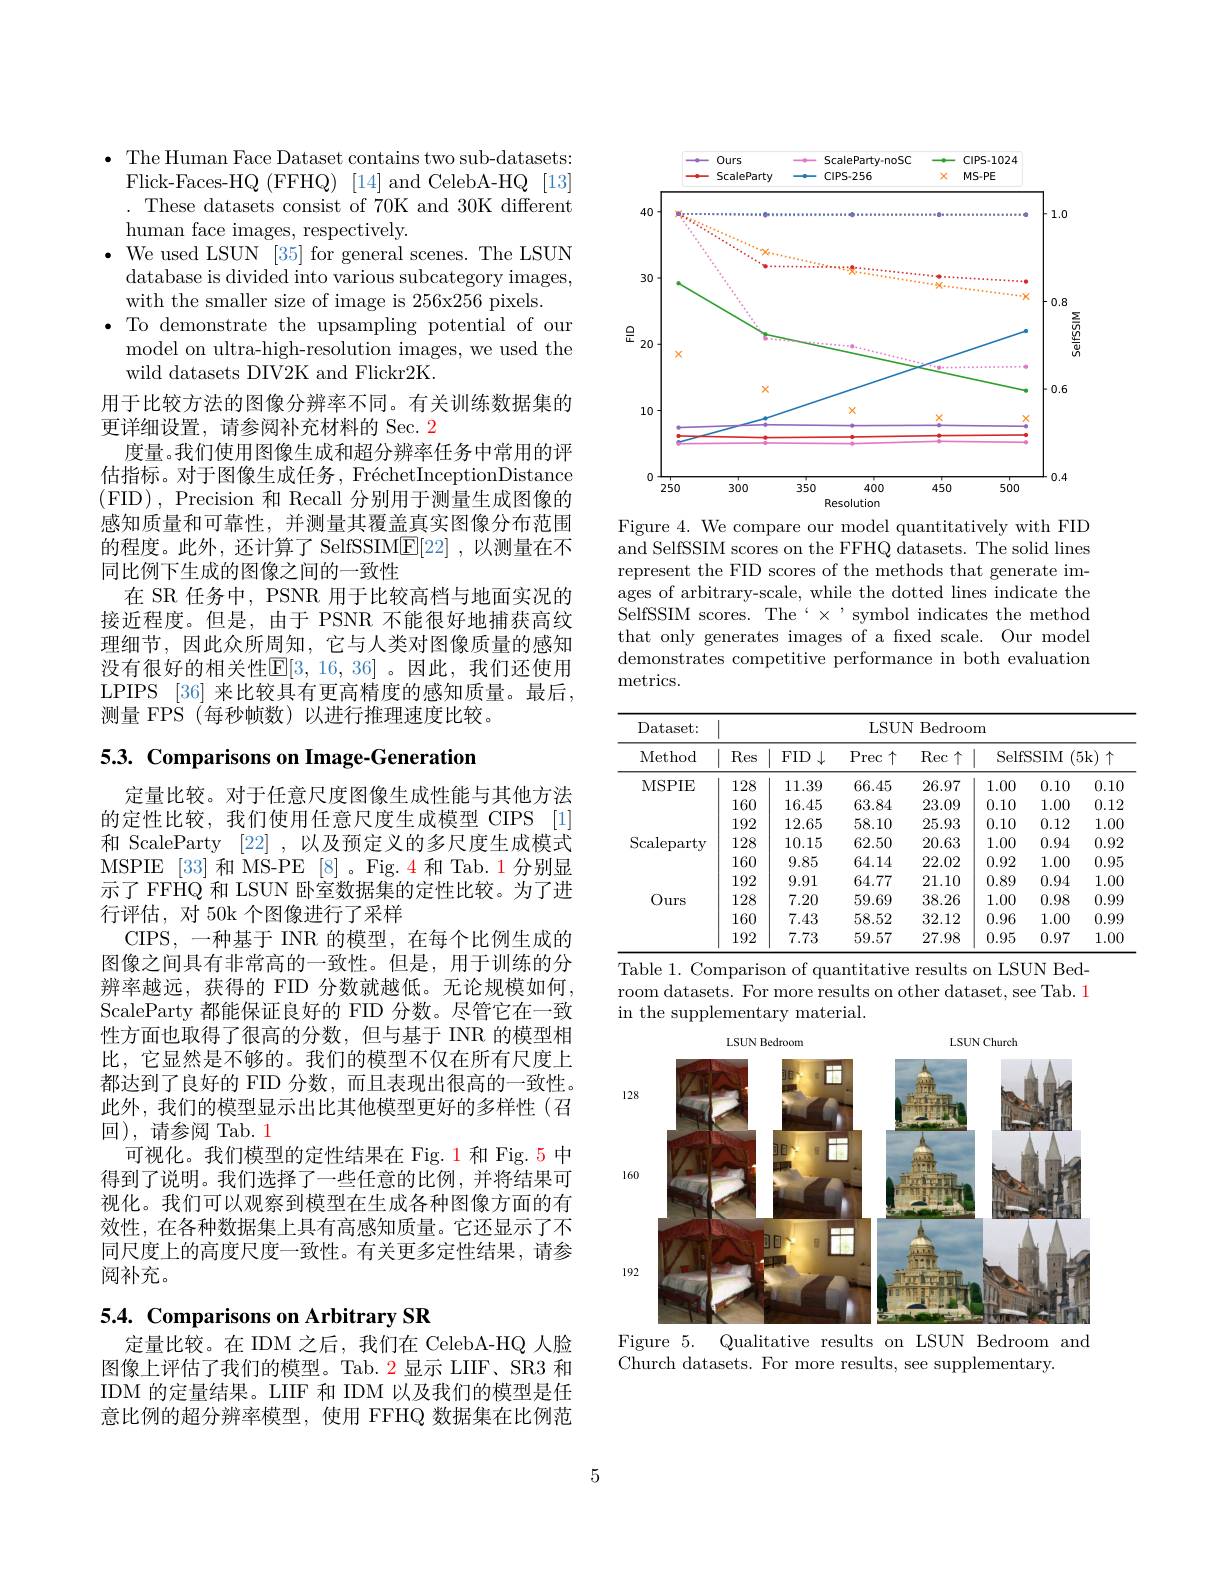
The Human Face Dataset contains two sub-datasets: Flick-Faces-HQ (FFHQ) [14] and CelebA-HQ [13]
These datasets consist of 70K and 30K different
human face images, respectively.
$\bullet$ We used LSUN [35] for general scenes. The LSUN database is divided into various subcategory images, with the smaller size of image is 256x256 pixels.
· To demonstrate the upsampling potential of our
model on ultra-high-resolution images, we used the
wild datasets DIV2K and Flickr2K.
用于比较方法的图像分辨率不同。有关训练数据集的
更详细设置，请参阅补充材料的 Sec. 2
度量。我们使用图像生成和超分辨率任务中常用的评估指标。对于图像生成任务，FréchetInceptionDistance (FID),Precision 和 Recall 分别用于测量生成图像的感知质量和可靠性，并测量其覆盖真实图像分布范围的程度。此外，还计算了 SelfSSIM$\underline{\mathrm{E}}[22]$ ,以测量在不同比例下生成的图像之间的一致性
在 SR 任务中，PSNR 用于比较高档与地面实况的接近程度。但是，由于 PSNR 不能很好地捕获高纹理细节，因此众所周知，它与人类对图像质量的感知没有很好的相关性$\mathbb{E}[3,16,36]$。因此，我们还使用LPIPS [36] 来比较具有更高精度的感知质量。最后， 测量 FPS (每秒帧数)以进行推理速度比较。

# 5.3. Comparisons on Image-Generation

定量比较。对于任意尺度图像生成性能与其他方法的定性比较，我们使用任意尺度生成模型 CIPS [1] 和 ScaleParty [22],以及预定义的多尺度生成模式MSPIE [33]和 MS-PE [8]。Fig.4 和 Tab.1 分别显示了 FFHQ 和 LSUN 卧室数据集的定性比较。为了进行评估，对 50k 个图像进行了采样
CIPS,一种基于 INR 的模型，在每个比例生成的图像之间具有非常高的一致性。但是，用于训练的分辨率越远，获得的 FID 分数就越低。无论规模如何， ScaleParty 都能保证良好的 FID 分数。尽管它在一致性方面也取得了很高的分数，但与基于 INR 的模型相比，它显然是不够的。我们的模型不仅在所有尺度上都达到了良好的 FID 分数，而且表现出很高的一致性。此外，我们的模型显示出比其他模型更好的多样性(召回),请参阅 Tab. 1
可视化。我们模型的定性结果在 Fig. 1 和 Fig. 5 中得到了说明。我们选择了一些任意的比例，并将结果可视化。我们可以观察到模型在生成各种图像方面的有效性，在各种数据集上具有高感知质量。它还显示了不同尺度上的高度尺度一致性。有关更多定性结果，请参阅补充。

# 5.4. Comparisons on Arbitrary SR

定量比较。在 IDM 之后，我们在 CelebA-HQ 人脸图像上评估了我们的模型。Tab. 2 显示 LIIF、SR3 和IDM 的定量结果。LIIF 和 IDM 以及我们的模型是任意比例的超分辨率模型，使用 FFHQ 数据集在比例范

<FigureHere>

Figure 4. We compare our model quantitatively with FID and SelfSSIM scores on the FFHQ datasets. The solid lines represent the FID scores of the methods that generate images of arbitrary-scale, while the dotted lines indicate the $\bar{\mathrm{SelfSSIM~scores.~The`\times~}}$symbol indicates the method that only generates images of a fxed scale. Our model demonstrates competitive performance in both evaluation metrics.

<table>
	<tbody>
		<tr>
			<th rowspan="2">Dataset:  Method MSPIE</th>
			<th colspan="7">LSUN Bedroom</th>
		</tr>
		<tr>
			<th rowspan="2">Res 128</th>
			<th rowspan="2">FID $\downarrow$  11.39</th>
			<th rowspan="2">Prec 个 66.45</th>
			<th rowspan="2">Rec 个 26.97</th>
			<th colspan="3">(5k$)\uparrow$ SelfSSIM</th>
		</tr>
		<tr>
			<th rowspan="3">MSPIE</th>
			<th>1.00</th>
			<th>0.10</th>
			<th>0.10</th>
		</tr>
		<tr>
			<td>160</td>
			<td>16.45</td>
			<td>63.84</td>
			<td>23.09</td>
			<td>0.10</td>
			<td>1.00</td>
			<td>0.12</td>
		</tr>
		<tr>
			<td>192</td>
			<td>12.65</td>
			<td>58.10</td>
			<td>25.93</td>
			<td>0.10</td>
			<td>0.12</td>
			<td>1.00</td>
		</tr>
		<tr>
			<td rowspan="3">$\operatorname{Scaleparty}$</td>
			<td>128</td>
			<td>10.15</td>
			<td>62.50</td>
			<td>20.63</td>
			<td>1.00</td>
			<td>0.94</td>
			<td>0.92</td>
		</tr>
		<tr>
			<td>160</td>
			<td>9.85</td>
			<td>64.14</td>
			<td>22.02</td>
			<td>0.92</td>
			<td>1.00</td>
			<td>0.95</td>
		</tr>
		<tr>
			<td>192</td>
			<td>9.91</td>
			<td>64.77</td>
			<td>21.10</td>
			<td>0.89</td>
			<td>0.94</td>
			<td>1.00</td>
		</tr>
		<tr>
			<td rowspan="3">Ours</td>
			<td>128</td>
			<td>7.20</td>
			<td>59.69</td>
			<td>38.26</td>
			<td>1.00</td>
			<td>0.98</td>
			<td>0.99</td>
		</tr>
		<tr>
			<td>160</td>
			<td>7.43</td>
			<td>58.52</td>
			<td>32.12</td>
			<td>0.96</td>
			<td>1.00</td>
			<td>0.99</td>
		</tr>
		<tr>
			<td>192</td>
			<td>7.73</td>
			<td>59.57</td>
			<td>27.98</td>
			<td>0.95</td>
			<td>0.97</td>
			<td>1.00</td>
		</tr>
	</tbody>
</table>
Table 1. Comparison of quantitative results on LSUN Bed-

room datasets. For more results on other dataset, see Tab. 1
in the supplementary material.

<FigureHere>

Figure 5.
Qualitative results on LSUN Bedroom and
Church datasets. For more results, see supplementary.

5